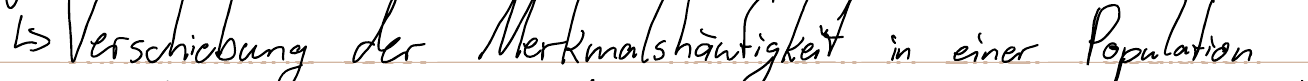
-> Verschiebung der Merkmalshäufigkeit in einer Population